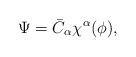
LaTeX: \begin{align*}\Psi=\bar{C}_\alpha \chi^\alpha (\phi),\end{align*}